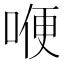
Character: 𠷊